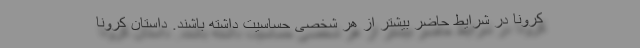
کرونا در شرایط حاضر بیشتر از هر شخصی حساسیت داشته باشند. داستان کرونا